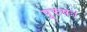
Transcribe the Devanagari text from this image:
पूरुषः।